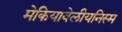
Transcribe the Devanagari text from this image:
मेकियावेलीयनिस्म